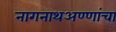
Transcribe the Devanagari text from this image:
नागनाथअण्णांचा